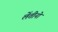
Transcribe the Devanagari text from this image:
लेंतीनो